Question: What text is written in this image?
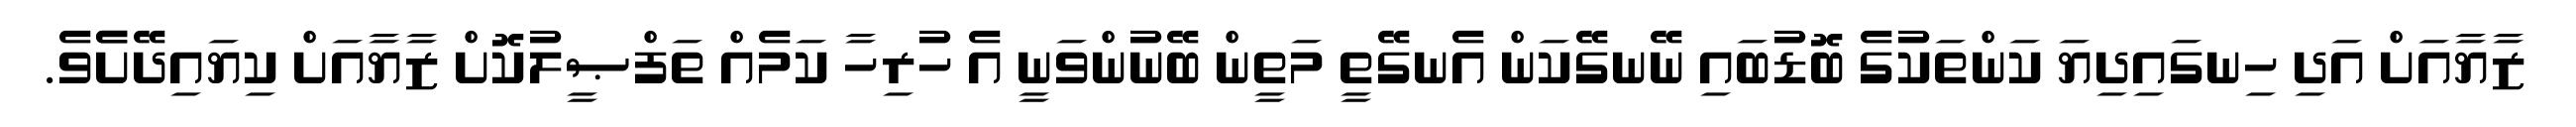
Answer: ޒާޔާއަށް އަދި ހިނގައިދިޔަ ކަންތަކުގެ ބޮޑުބައި ނޭނގޭކަން އެނގޭތީ މަތީން ބޭނުންވަނީ އެ ހުރިހާ ކަމެއް ތަފްޞީލުކޮށް ޒާޔާއަށް ކިޔައިދޭށެެވެ.